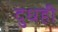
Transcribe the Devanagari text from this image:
दुधही